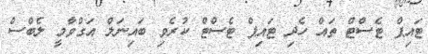
ޓައިޕް ޓެސްޓް ތައް ހެދި ޓައިޕް ޓެސްޓް ކުރެވި ބައިނަލް އަގްވާމީ ލެބްސް